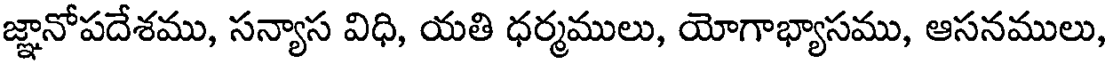
జ్ఞానోపదేశము, సన్యాస విధి, యతి ధర్మములు, యోగాభ్యాసము, ఆసనములు,